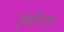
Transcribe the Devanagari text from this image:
इव्हेन्ट्‌स